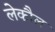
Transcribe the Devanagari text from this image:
लेकौल